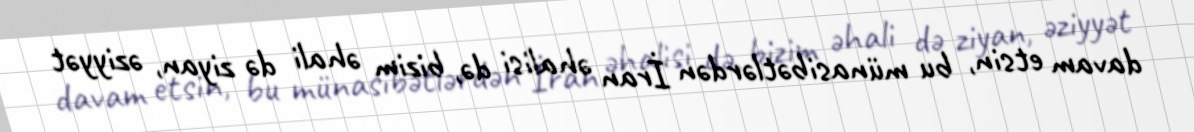
davam etsin, bu münasibətlərdən İran əhalisi də, bizim əhali də ziyan, əziyyət